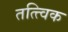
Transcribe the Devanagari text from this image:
तत्त्विक